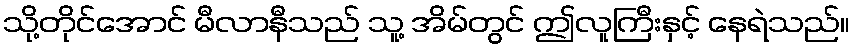
သို့တိုင်အောင် မီလာနီသည် သူ့ အိမ်တွင် ဤလူကြီးနှင့် နေရဲသည်။